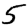
Digit: 5